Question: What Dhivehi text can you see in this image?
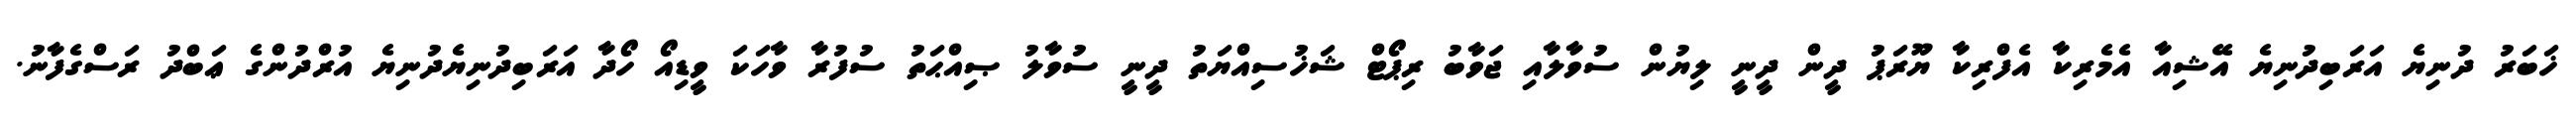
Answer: ޚަބަރު ދުނިޔެ އަރަބިދުނިޔެ އޭޝިއާ އެމެރިކާ އެފްރިކާ ޔޫރަޕު ދީން ދީނީ ލިޔުން ސުވާލާއި ޖަވާބު ރިޕޯޓް ޝަޚުސިއްޔަތު ދީނީ ސުވާލު ޞިއްޙަތު ސުފުރާ ވާހަކަ ވީޑިއޯ ހޯދާ އަރަބިދުނިޔެދުނިޔެ އުރްދުންގެ ޢަބްދު ރަސްގެފާނު.